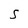
Character: S